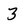
Character: 3